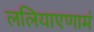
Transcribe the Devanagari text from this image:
ललियाएणामं